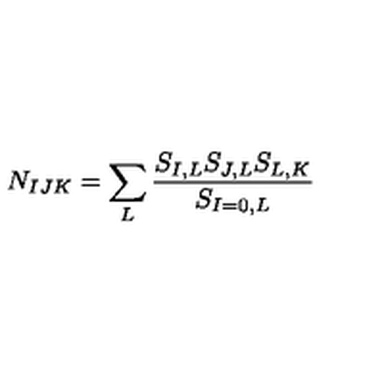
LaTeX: N _ { I J K } = \sum _ { L } { \frac { { S _ { I , L } S _ { J , L } S _ { L , K } } } { S _ { I = 0 , L } } }